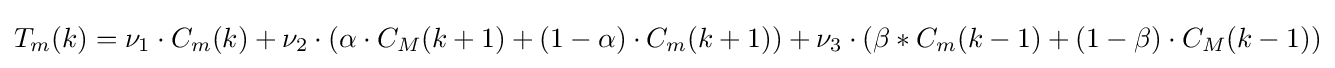
T_{m}(k)=\nu _{1}\cdot C_{m}(k)+\nu _{2}\cdot (\alpha \cdot C_{M}(k+1)+(1-\alpha )\cdot C_{m}(k+1))+\nu _{3}\cdot (\beta *C_{m}(k-1)+(1-\beta )\cdot C_{M}(k-1))